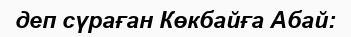
деп сүраған Көкбайға Абай: